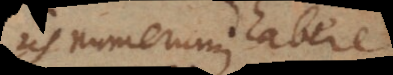
iis numerum et